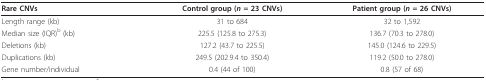
| Rare CNVs | Control group (n = 23 CNVs) | Patient group (n = 26 CNVs) |
 | --- | --- | --- |
 | Length range (kb) | 31 to 684 | 32 to 1,592 |
 | Median size (IQR)b (kb) | 225.5 (125.8 to 275.3) | 136.7 (70.3 to 278.0) |
 | Deletions (kb) | 127.2 (43.7 to 225.5) | 145.0 (124.6 to 229.5) |
 | Duplications (kb) | 249.5 (202.9.4 to 350.4) | 119.2 (50.0 to 278.0) |
 | Gene number/individual | 0.4 (44 of 100) | 0.8 (57 of 68) |